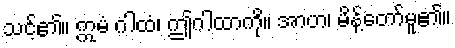
သင့်၏။ ဣမံ ဂါထံ၊ ဤဂါထာကို။ အာဟ၊ မိန့်တော်မူ၏။